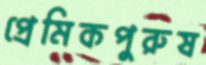
প্রেমিকপুরুষ